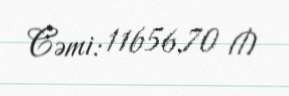
Cəmi: 11656,70 ₼